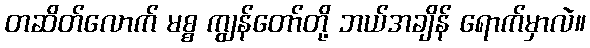
တဆိတ်လောက် မစ္စ ကျွန်တော်တို့ ဘယ်အချိန် ရောက်မှာလဲ။